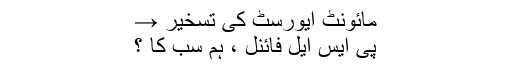
مائونٹ ایورسٹ کی تسخیر →
پی ایس ایل فائنل ، ہم سب کا ؟